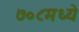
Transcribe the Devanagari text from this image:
७०८मध्ये